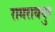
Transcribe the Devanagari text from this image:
रामरायपुर